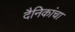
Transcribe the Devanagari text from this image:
दैनिकांचा